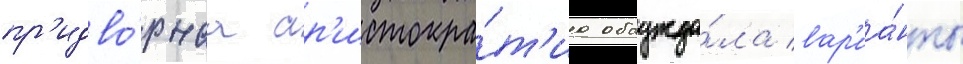
пр'идво́рнаа ар'истокра́т'иа обсужда́ла вар'иа́нты